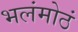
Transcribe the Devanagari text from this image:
भलंमोठं